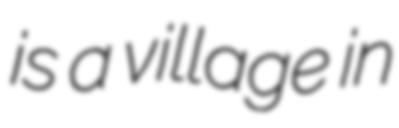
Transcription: is a village in